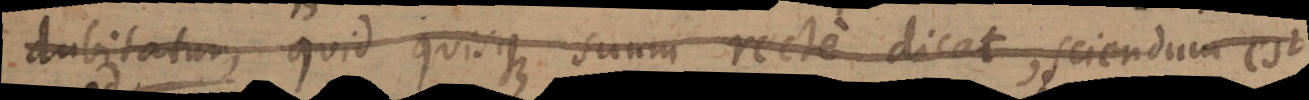
ubitatur, quid quisque suum recte dicat, sciendum est,